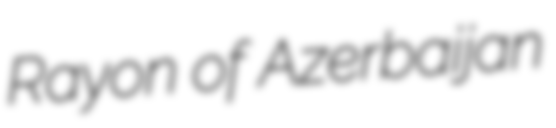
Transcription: Rayon of Azerbaijan